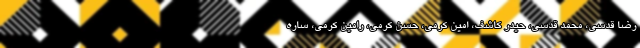
رضا قدسی، محمد قدسی، حیدر کاشف، امین کرمی، حسن کرمی، رامین کرمی، ساره